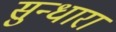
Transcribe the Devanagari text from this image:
सुन्धारा